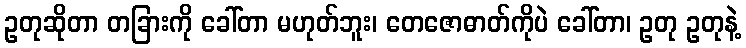
ဥတုဆိုတာ တခြားကို ခေါ်တာ မဟုတ်ဘူး၊ တေဇောဓာတ်ကိုပဲ ခေါ်တာ၊ ဥတု ဥတုနဲ့